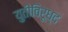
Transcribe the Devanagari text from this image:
युतीविरूध्द